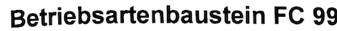
Text: Betriebsartenbaustein FC 99